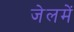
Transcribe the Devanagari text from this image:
जेलमें